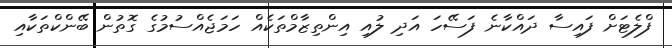
ފްލެޓަށް ފައިސާ ދައްކާނެ ފަސޭހަ އަދި ލުއި އިންތިޒާމްތަކެއް ހަމަޖެއްސުމުގެ ގޮތުން ބޭންކްތަކާއި